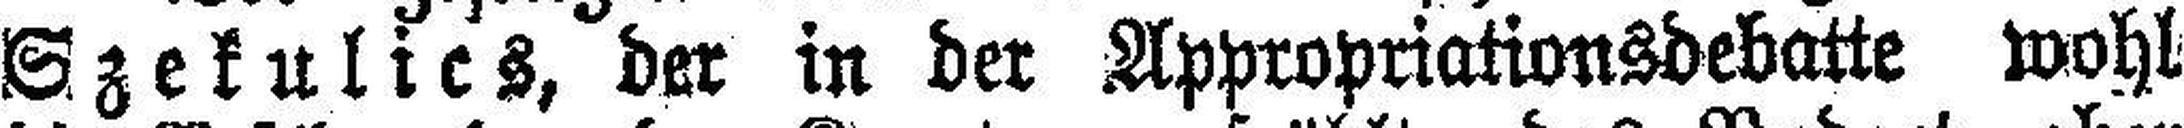
Szekulics, der in der Appropriationsdebatte wohl